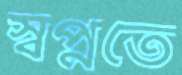
স্বপ্নতে